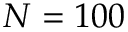
N = 1 0 0